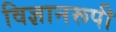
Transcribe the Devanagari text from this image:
विज्ञानरूपी